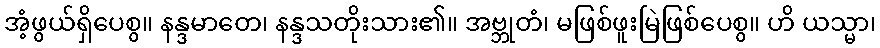
အံ့ဖွယ်ရှိပေစွ။ နန္ဒမာတေ၊ နန္ဒသတိုးသား၏။ အဗ္ဘုတံ၊ မဖြစ်ဖူးမြဲဖြစ်ပေစွ။ ဟိ ယသ္မာ၊